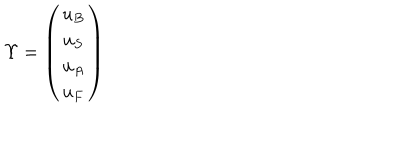
\Upsilon = \left( \begin{matrix} { { u _ { B } } } \\ { { u _ { S } } } \\ { { u _ { A } } } \\ { { u _ { F } } } \\ \end{matrix} \right)